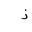
Letter: _zay